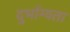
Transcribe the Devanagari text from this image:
दुर्भाग्यता